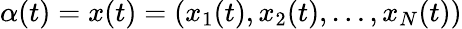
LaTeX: \alpha(t)=x(t)=(x_{1}(t),x_{2}(t),\ldots,x_{N}(t))